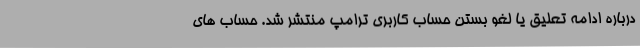
درباره ادامه تعلیق یا لغو بستن حساب کاربری ترامپ منتشر شد. حساب های